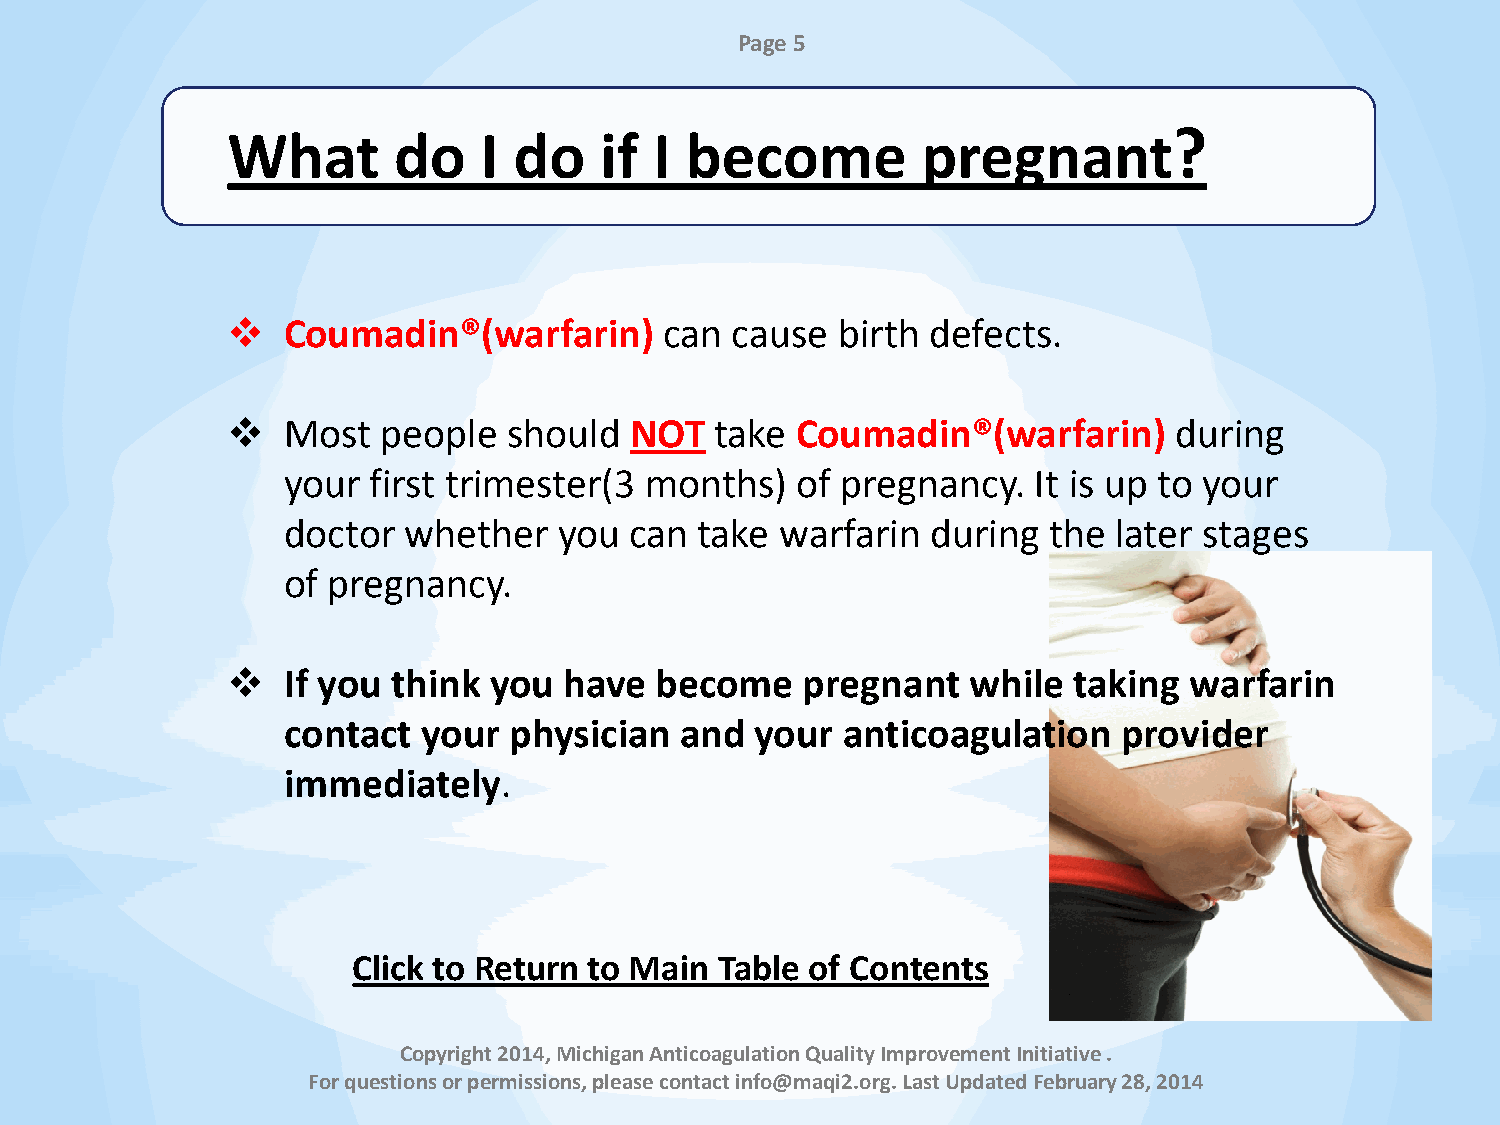
Page 5
 What       do    I do    if I become          pregnant?
    Coumadin®(warfarin)      can cause  birth  defects.
    Most  people   should  NOT  take  Coumadin®(warfarin)      during
 your first trimester(3  months)   of pregnancy.   It is up to your
 doctor  whether   you  can take  warfarin  during the  later stages
 of pregnancy.
    If you think you  have  become    pregnant   while  taking  warfarin
 contact  your  physician  and  your  anticoagulation   provider
 immediately.
 Click to Return to Main  Table of Contents
 Copyright 2014, Michigan Anticoagulation Quality Improvement Initiative .
 For questions or permissions, please contact info@maqi2.org. Last Updated February 28, 2014